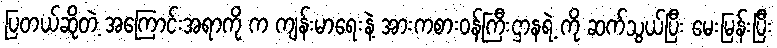
ပြတယ်ဆိုတဲ့ အကြောင်းအရာကို က ကျန်းမာရေးနဲ့ အားကစားဝန်ကြီးဌာနရဲ့ ကို ဆက်သွယ်ပြီး မေးမြန်းပြီး